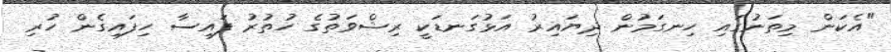
"އެކަން މިތަނުގައި ހިނގަމުން ދިޔައިރު އަޅުގަނޑަކީ ރިޝްވަތުގެ ހުތުރު ފައިސާ ހިފައިގެން ހުރި